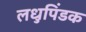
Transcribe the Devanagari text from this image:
लधुपिंडक